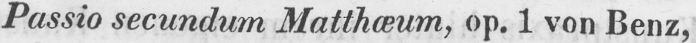
Passio secundum Matthœum, op. 1 von Benz,